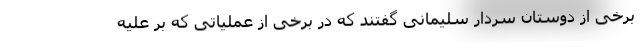
برخی از دوستان سردار سلیمانی گفتند که در برخی از عملیاتی که بر علیه